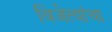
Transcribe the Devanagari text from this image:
विजेत्यांचा